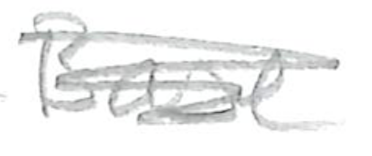
Text: Base
Cross-out: scratch
Writing tool: pencil